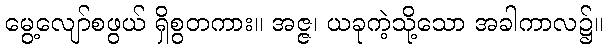
မွေ့လျော်စဖွယ် ရှိစွတကား။ အဇ္ဇ၊ ယခုကဲ့သို့သော အခါကာလ၌။